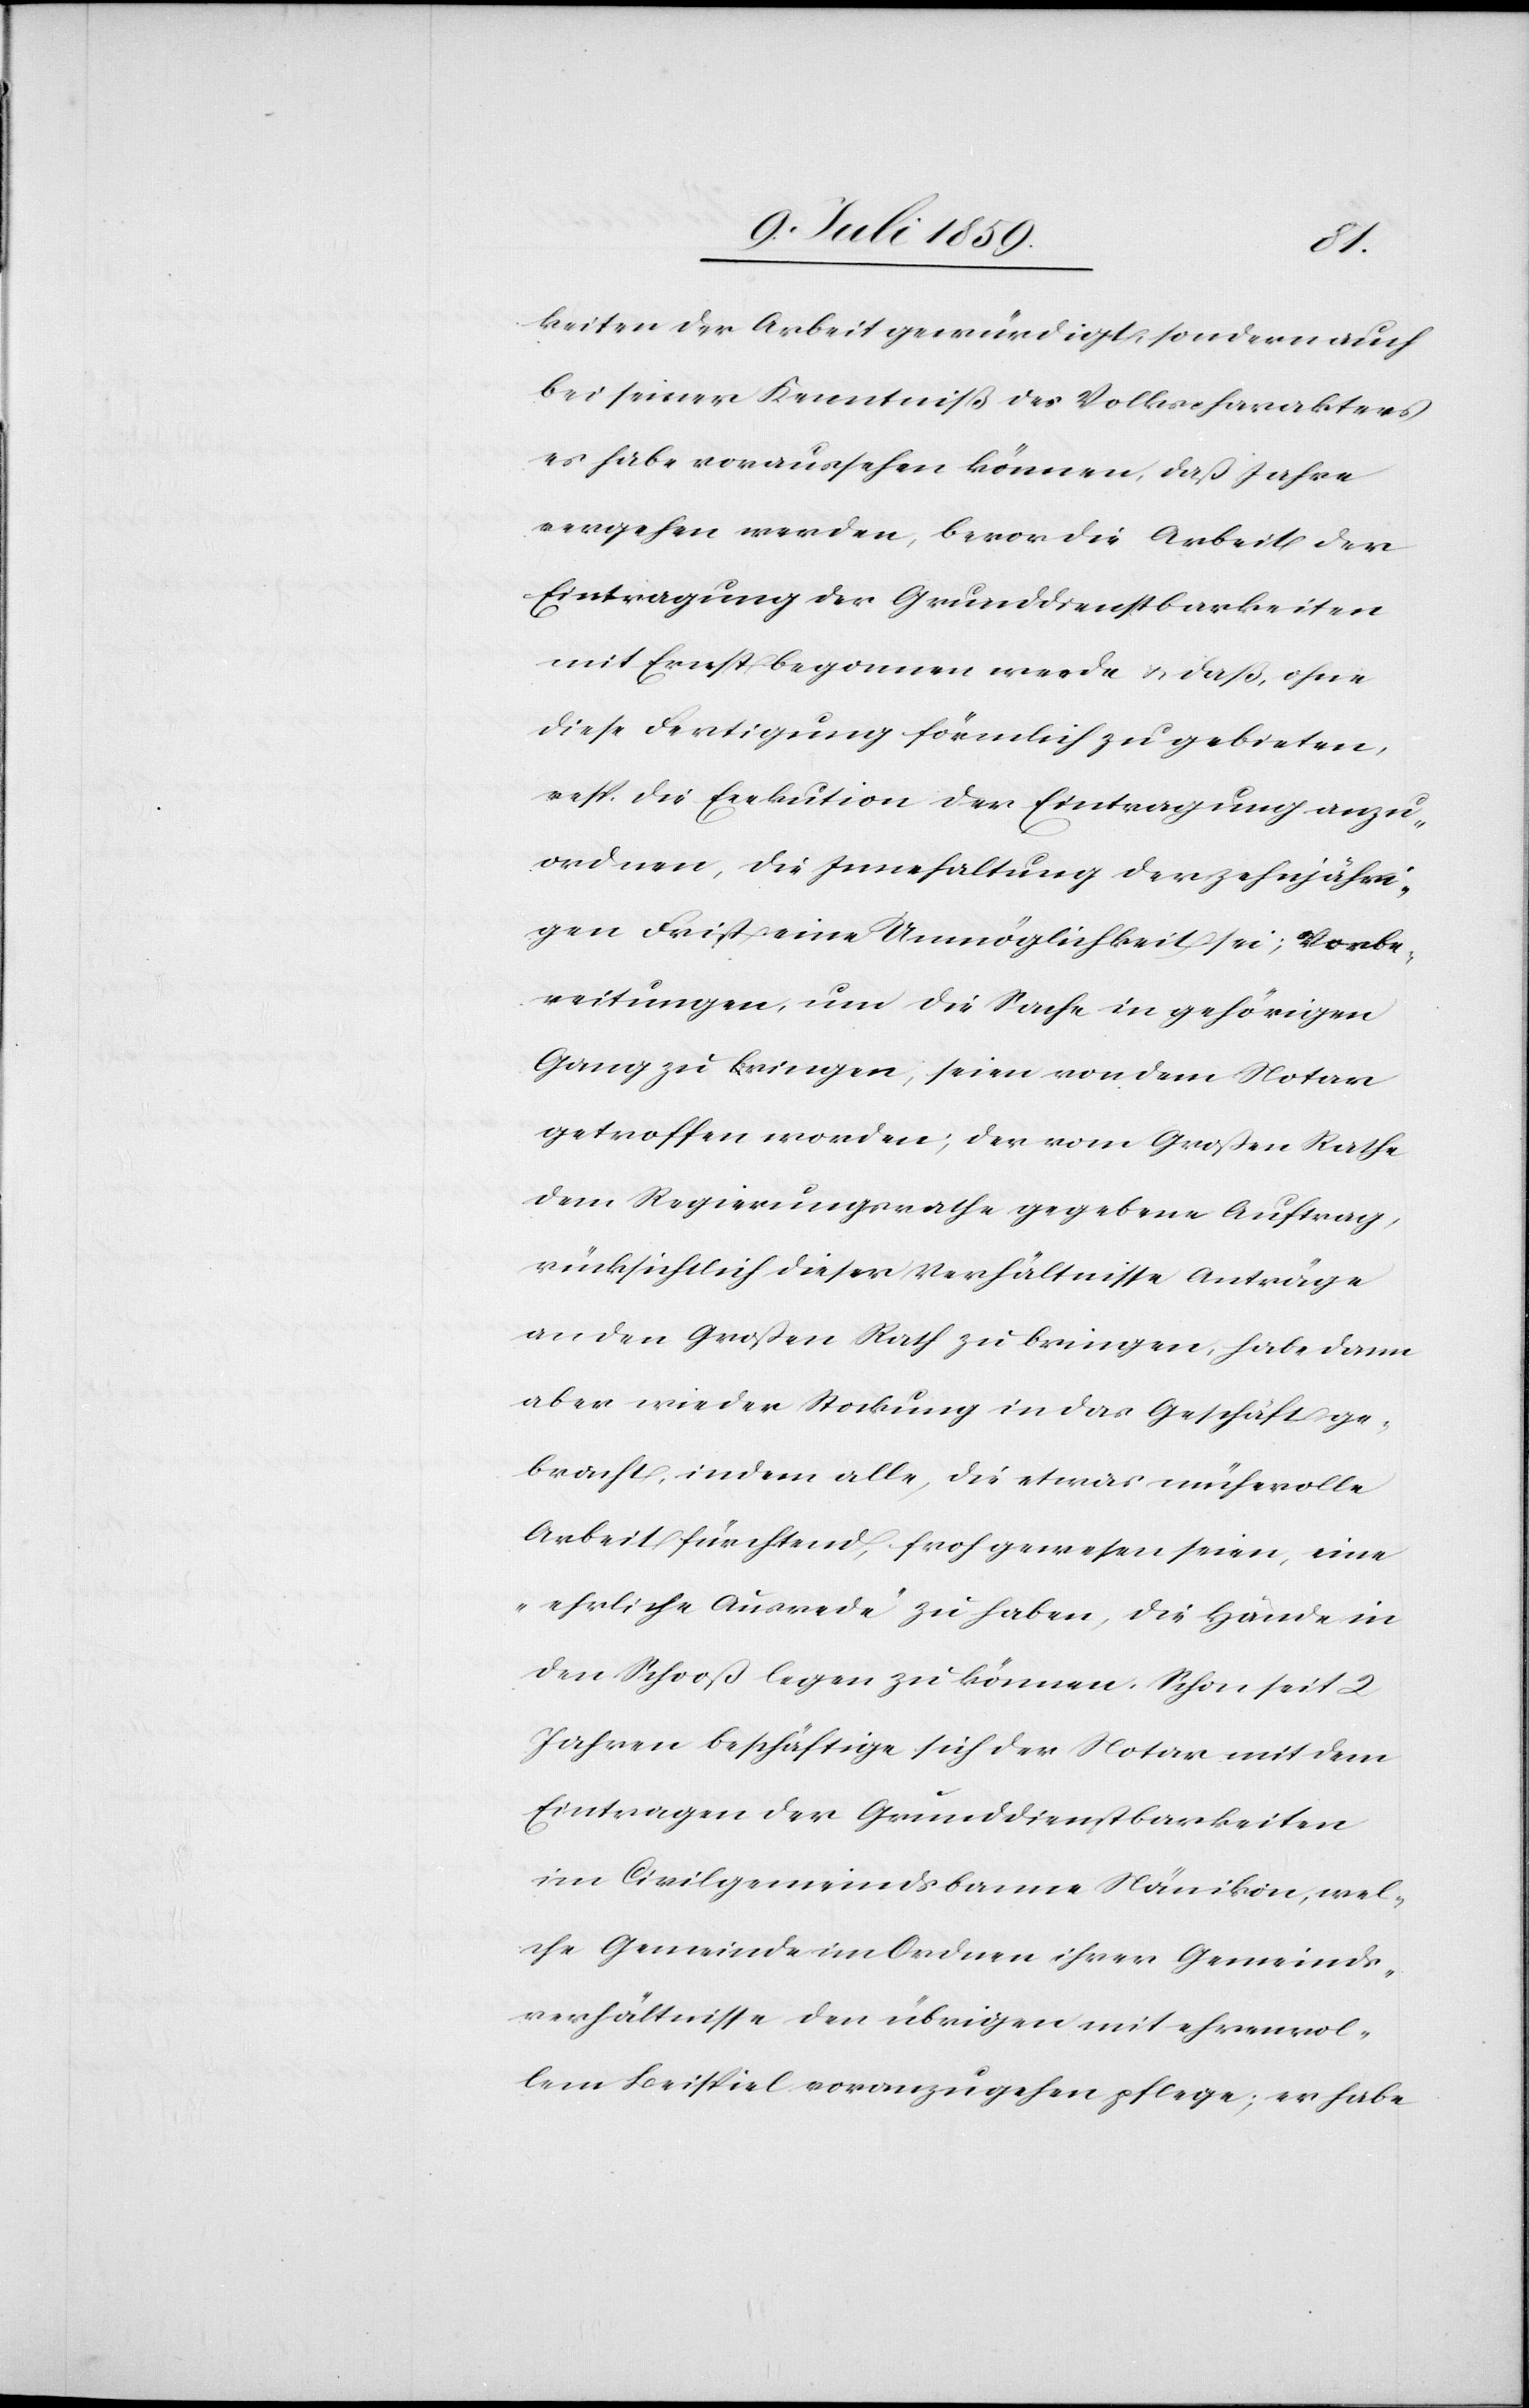
keiten der Arbeit gewürdigt, sondern auch
bei seiner Kenntniß des Volkscharakters
es habe voraussehen können, daß Jahre
vergehen werden, bevor die Arbeit der
Eintragung der Grunddienstbarkeiten
mit Ernst begonnen werde u. daß ohne
diese Fertigung förmlich zu gebieten,
resp. die Exekution der Eintragung anzu¬
ordnen, die Innehaltung der zehnjähri¬
gen Frist eine Unmöglichkeit sei; Vorbe¬
reitungen, um die Sache in gehörigen
Gang zu bringen, seien von dem Notar
getroffen worden; der vom Großen Rathe
dem Regierungsrathe gegebene Auftrag,
rücksichtlich dieser Verhältnisse Anträge
an den Großen Rath zu bringen, habe dann
aber wieder Stockung in das Geschäft ge¬
bracht, indem alle, die etwas mühevolle
Arbeit fürchtend, froh gewesen seien, eine
„ehrliche Ausrede“ zu haben, die Hände in
den Schooß legen zu können. Schon seit 2
Jahren beschäftige sich der Notar mit dem
Eintragen der Grunddienstbarkeiten
im Civilgemeindsbanne Nänikon, wel¬
che Gemeinde im Ordnen ihrer Gemeinds¬
verhältnisse den übrigen mit ehrenvol¬
lem Beispiel voranzugehen pflege; er habe